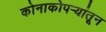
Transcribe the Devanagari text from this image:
कोनाकोपर्‍यांतून